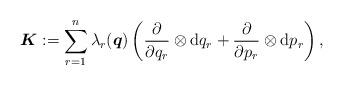
\begin{align*} \boldsymbol{K}:=\sum_{r=1}^n \lambda_r(\boldsymbol{q})\left( \frac{\partial}{\partial q_r}\otimes \mathrm{d} q_r+ \frac{\partial}{\partial p_r}\otimes \mathrm{d} p_r\right) , \end{align*}